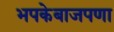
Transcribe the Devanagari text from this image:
भपकेबाजपणा